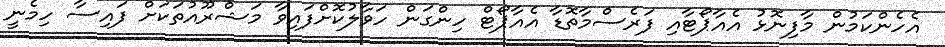
އެހެންކަމުން މާފިނޮޅު އެއާޕޯޓާއި ފަރެސްމާތޮޑާ އެއާޕޯޓް ހިންގަން ހަވާލުކޮށްފައިވާ މަޝްރޫއުތަކަށް ފައިސާ ހިމެނީ